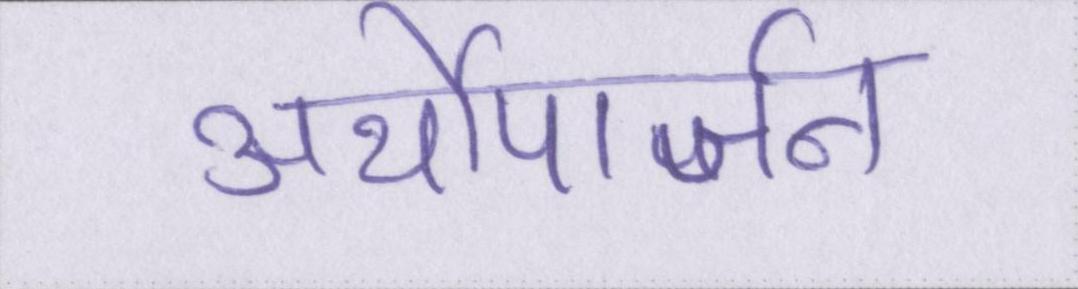
अर्थोपार्जन